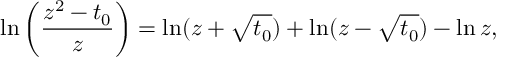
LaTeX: \ln \left( \frac { z ^ { 2 } - t _ { 0 } } { z } \right) = \ln ( z + \sqrt { t _ { 0 } } ) + \ln ( z - \sqrt { t _ { 0 } } ) - \ln z ,